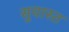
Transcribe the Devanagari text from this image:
सुयास्त